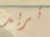
تريد